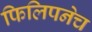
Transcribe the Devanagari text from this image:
फिलिपनेच